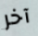
آخر